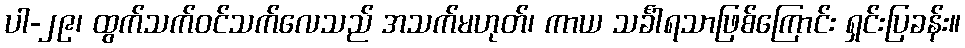
ပါ-၂၉၊ ထွက်သက်ဝင်သက်လေသည် အသက်မဟုတ်၊ ကာယ သင်္ခါရသာဖြစ်ကြောင်း ရှင်းပြခန်း။